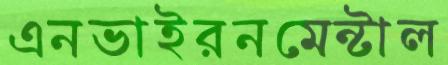
এনভাইরনমেন্টাল